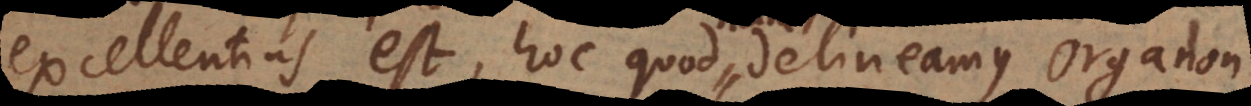
excellentius est, hoc quod delineamus Organon